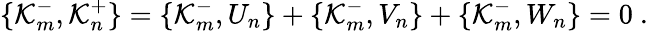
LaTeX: \{ \mathcal{K}_{m}^{-},\mathcal{K}_{n}^{+}\} =\{ \mathcal{K}_{m}^{-},U_{n}\} +\{ \mathcal{K}_{m}^{-},V_{n}\} +\{ \mathcal{K}_{m}^{-},W_{n}\} =0\ .